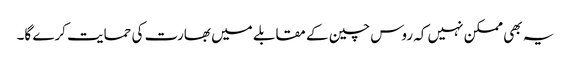
یہ بھی ممکن نہیں کہ روس چین کے مقابلے میں بھارت کی حمایت کرے گا۔